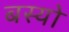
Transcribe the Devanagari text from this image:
बस्‍यो